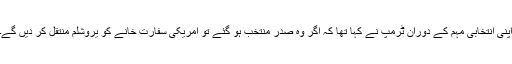
اپنی انتخابی مہم کے دوران ٹرمپ نے کہا تھا کہ اگر وہ صدر منتخب ہو گئے تو امریکی سفارت خانے کو یروشلم منتقل کر دیں گے۔